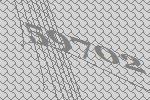
59702